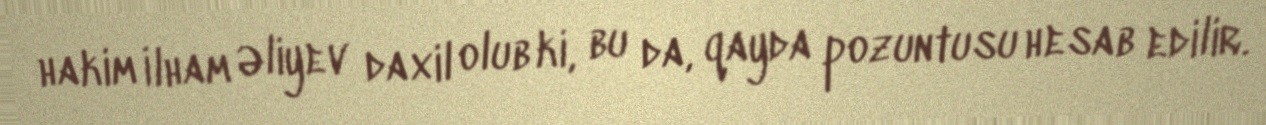
hakim İlham Əliyev daxil olub ki, bu da, qayda pozuntusu hesab edilir.